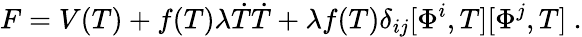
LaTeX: F=V(T)+f(T)\lambda\dot{T}\dot{T}+\lambda f(T)\delta_{ij}[\Phi^{i},T][\Phi^{j},T]\ .